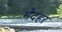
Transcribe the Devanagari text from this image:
मेदहर